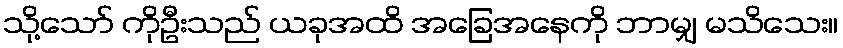
သို့သော် ကိုဦးသည် ယခုအထိ အခြေအနေကို ဘာမျှ မသိသေး။